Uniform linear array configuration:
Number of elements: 4
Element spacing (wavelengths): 0.5
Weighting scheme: blackman
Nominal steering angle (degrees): -30
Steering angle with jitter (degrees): -28.735
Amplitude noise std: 0.05
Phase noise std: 0.05

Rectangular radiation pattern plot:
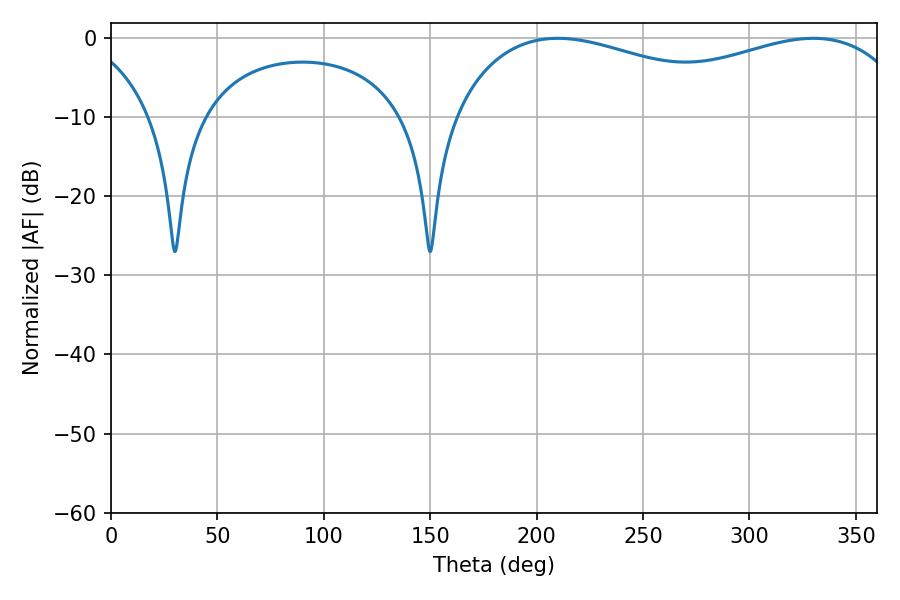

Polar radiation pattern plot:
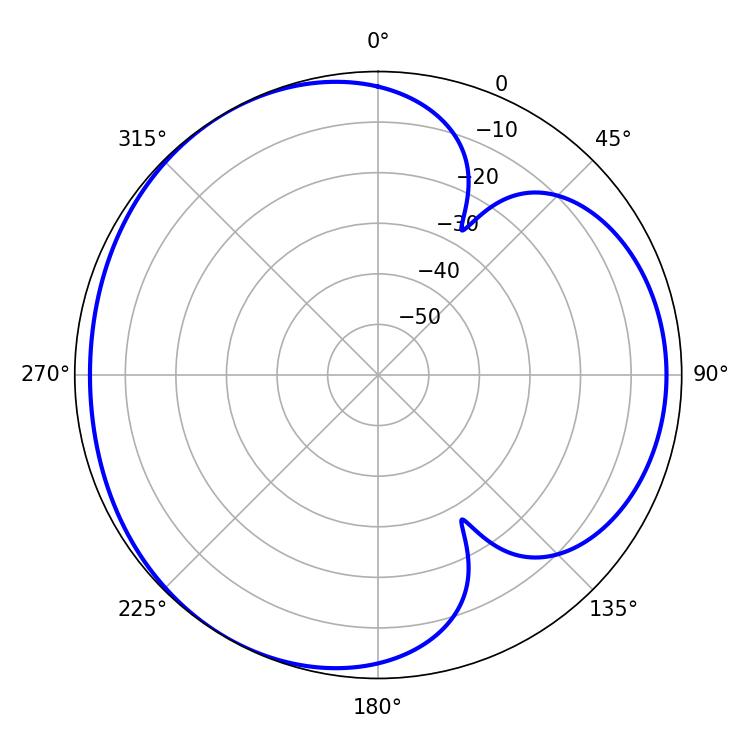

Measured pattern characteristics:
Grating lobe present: FALSE
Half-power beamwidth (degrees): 180
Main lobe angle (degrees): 209.88